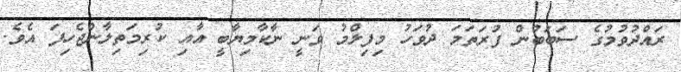
ރައްދުވުމުގެ ސަބަބުން ފުރަތަމަ ދުވަހު މިފިލްމު ވަނީ ނާކާމިޔާބީ އާއި ކުރިމަތިލާންޖެހިފަ އެވެ.